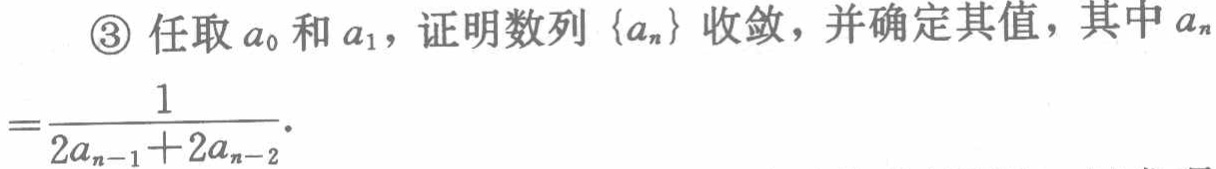
\textcircled{3} 任取 \(a_0\) 和 \(a_1\)，证明数列 \(\{a_n\}\) 收敛，并确定其值，其中 \(a_n=\frac{1}{2a_{n - 1}+2a_{n - 2}}\)。